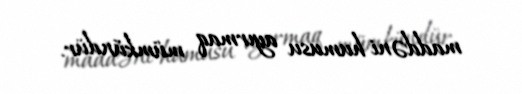
maddəni humusu ayırmaq mümkündür.